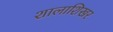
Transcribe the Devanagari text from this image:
शालाशिखर